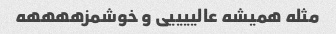
مثله همیشه عالییییی و خوشمزههههه